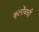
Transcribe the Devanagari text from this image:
कूलोंबची